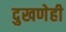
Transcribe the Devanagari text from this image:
दुखणेही